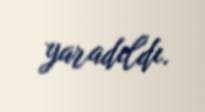
yaradıldı.